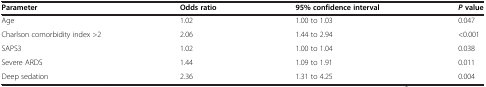
| Parameter | Odds ratio | 95% confidence interval | P value |
 | --- | --- | --- | --- |
 | Age | 1.02 | 1.00 to 1.03 | 0.047 |
 | Charlson comorbidity index >2 | 2.06 | 1.44 to 2.94 | <0.001 |
 | SAPS3 | 1.02 | 1.00 to 1.04 | 0.038 |
 | Severe ARDS | 1.44 | 1.09 to 1.91 | 0.011 |
 | Deep sedation | 2.36 | 1.31 to 4.25 | 0.004 |